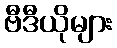
ဗီဒီယိုများ